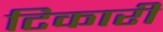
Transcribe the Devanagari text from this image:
टिकारी